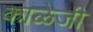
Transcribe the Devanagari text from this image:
काळेजी